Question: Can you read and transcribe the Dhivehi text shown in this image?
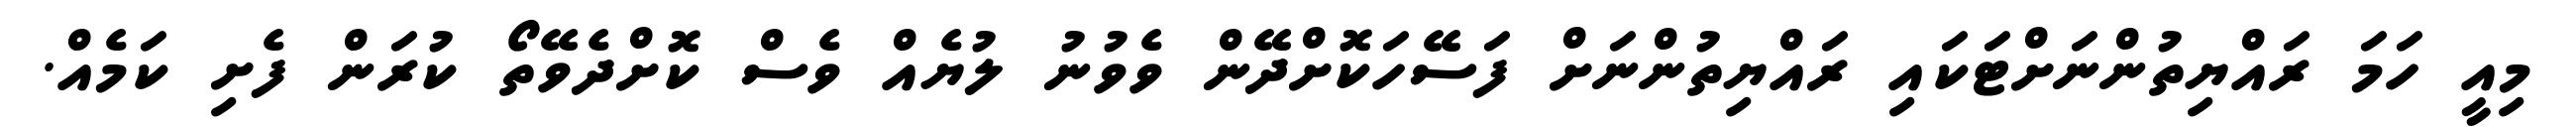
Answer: މިއީ ހަމަ ރައްޔިތުންނަށްޓަކައި ރައްޔިތުންނަށް ފަސޭހަކޮށްދޭން ވެވުނު ލުޔެއް ވެސް ކޮށްދެވޭތޯ ކުރަން ފެށި ކަމެއް.